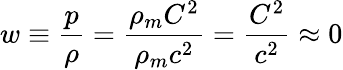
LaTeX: w\equiv{\frac{p}{\rho}}={\frac{\rho_{m}C^{2}}{\rho_{m}c^{2}}}={\frac{C^{2}}{c^{2}}}\approx 0